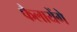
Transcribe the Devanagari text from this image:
फैलायेंगे